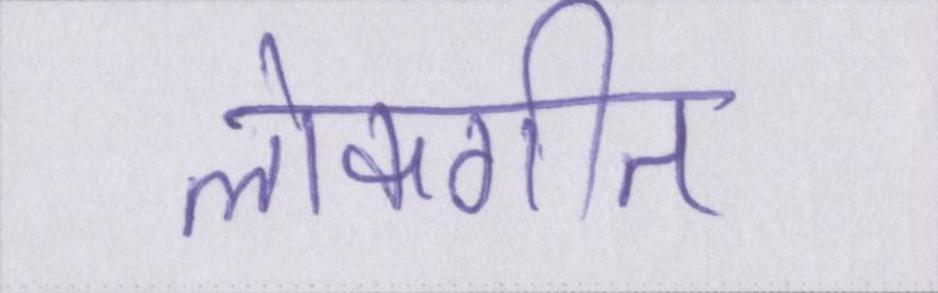
लोकगीत